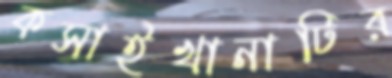
কসাইখানাটির